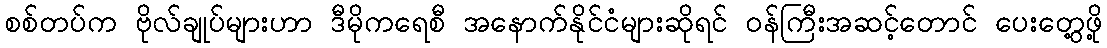
စစ်တပ်က ဗိုလ်ချုပ်များဟာ ဒီမိုကရေစီ အနောက်နိုင်ငံများဆိုရင် ဝန်ကြီးအဆင့်တောင် ပေးတွေ့ဖို့